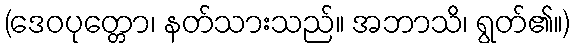
(ဒေဝပုတ္တော၊ နတ်သားသည်။ အဘာသိ၊ ရွတ်၏။)